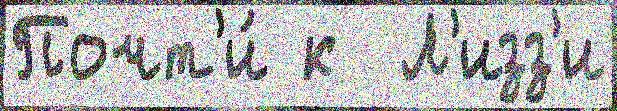
Почт'и́ к  Л'изз'и